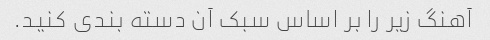
آهنگ زیر را بر اساس سبک آن دسته بندی کنید.